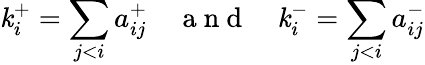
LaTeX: \mathit{k}_{i}^{+}=\sum_{j<i}a_{ij}^{+}\quad\mathrm{{~a~n~d~}}\quad\mathit{k}_{i}^{-}=\sum_{j<i}a_{ij}^{-}